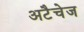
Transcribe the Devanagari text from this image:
अटैचेज